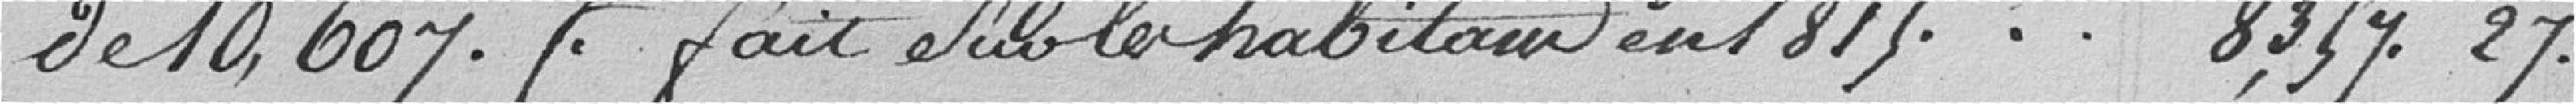
de 10.607 francs fait sur les habitant en 1875.... 8.354,27 francs